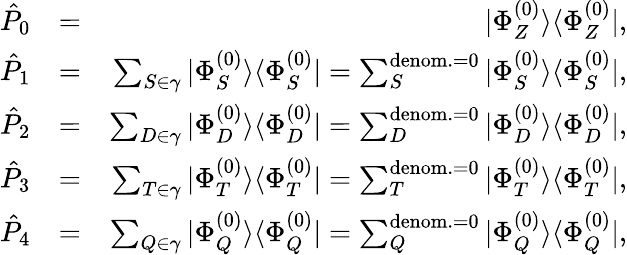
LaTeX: \begin{array}{rlr}{\hat{P}_{0}}&{=}&{|\Phi_{Z}^{(0)}\rangle\langle\Phi_{Z}^{(0)}|,}\\ {\hat{P}_{1}}&{=}&{\sum_{S\in\gamma}|\Phi_{S}^{(0)}\rangle\langle\Phi_{S}^{(0)}|=\sum_{S}^{{\mathrm{denom.}=0}}|\Phi_{S}^{(0)}\rangle\langle\Phi_{S}^{(0)}|,}\\ {\hat{P}_{2}}&{=}&{\sum_{D\in\gamma}|\Phi_{D}^{(0)}\rangle\langle\Phi_{D}^{(0)}|=\sum_{D}^{{\mathrm{denom.}=0}}|\Phi_{D}^{(0)}\rangle\langle\Phi_{D}^{(0)}|,}\\ {\hat{P}_{3}}&{=}&{\sum_{T\in\gamma}|\Phi_{T}^{(0)}\rangle\langle\Phi_{T}^{(0)}|=\sum_{T}^{{\mathrm{denom.}=0}}|\Phi_{T}^{(0)}\rangle\langle\Phi_{T}^{(0)}|,}\\ {\hat{P}_{4}}&{=}&{\sum_{Q\in\gamma}|\Phi_{Q}^{(0)}\rangle\langle\Phi_{Q}^{(0)}|=\sum_{Q}^{{\mathrm{denom.}=0}}|\Phi_{Q}^{(0)}\rangle\langle\Phi_{Q}^{(0)}|,}\end{array}